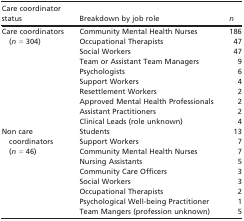
<table><thead><tr><td><b>Care coordinator status</b></td><td><b>Breakdown by job role</b></td><td><b><i>n</i></b></td></tr></thead><tbody><tr><td rowspan="10">Care coordinators (<i>n</i> = 304)</td><td>Community Mental Health Nurses</td><td>186</td></tr><tr><td>Occupational Therapists</td><td>47</td></tr><tr><td>Social Workers</td><td>47</td></tr><tr><td>Team or Assistant Team Managers</td><td>9</td></tr><tr><td>Psychologists</td><td>6</td></tr><tr><td>Support Workers</td><td>4</td></tr><tr><td>Resettlement Workers</td><td>2</td></tr><tr><td>Approved Mental Health Professionals</td><td>2</td></tr><tr><td>Assistant Practitioners</td><td>2</td></tr><tr><td>Clinical Leads (role unknown)</td><td>4</td></tr><tr><td rowspan="9">Non care coordinators (<i>n</i> = 46)</td><td>Students</td><td>13</td></tr><tr><td>Support Workers</td><td>7</td></tr><tr><td>Community Mental Health Nurses</td><td>7</td></tr><tr><td>Nursing Assistants</td><td>5</td></tr><tr><td>Community Care Officers</td><td>3</td></tr><tr><td>Social Workers</td><td>3</td></tr><tr><td>Occupational Therapists</td><td>2</td></tr><tr><td>Psychological Well‐being Practitioner</td><td>1</td></tr><tr><td>Team Mangers (profession unknown)</td><td>5</td></tr></tbody></table>